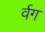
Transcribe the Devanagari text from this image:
र्वग